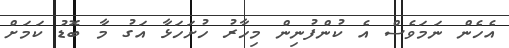
އެހެން ނަަމަވެސް އެ ކުންފުނިން މިހާރު ހުށަހަޅާ އަގު މާ ބޮޑު ކަމަށް